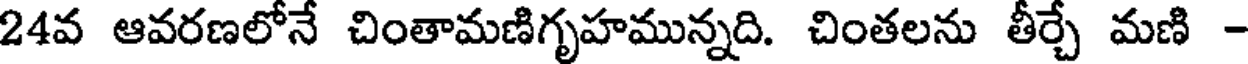
24వ ఆవరణలోనే చింతామణిగృహమున్నది. చింతలను తీర్చే మణి -